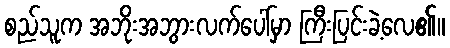
စည်သူက အဘိုးအဘွားလက်ပေါ်မှာ ကြီးပြင်းခဲ့လေ၏။